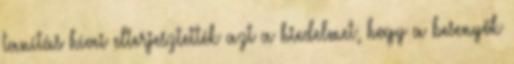
tanítás hívei elterjesztették azt a hiedelmet, hogy a besenyők